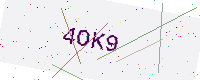
Text: 4OK9